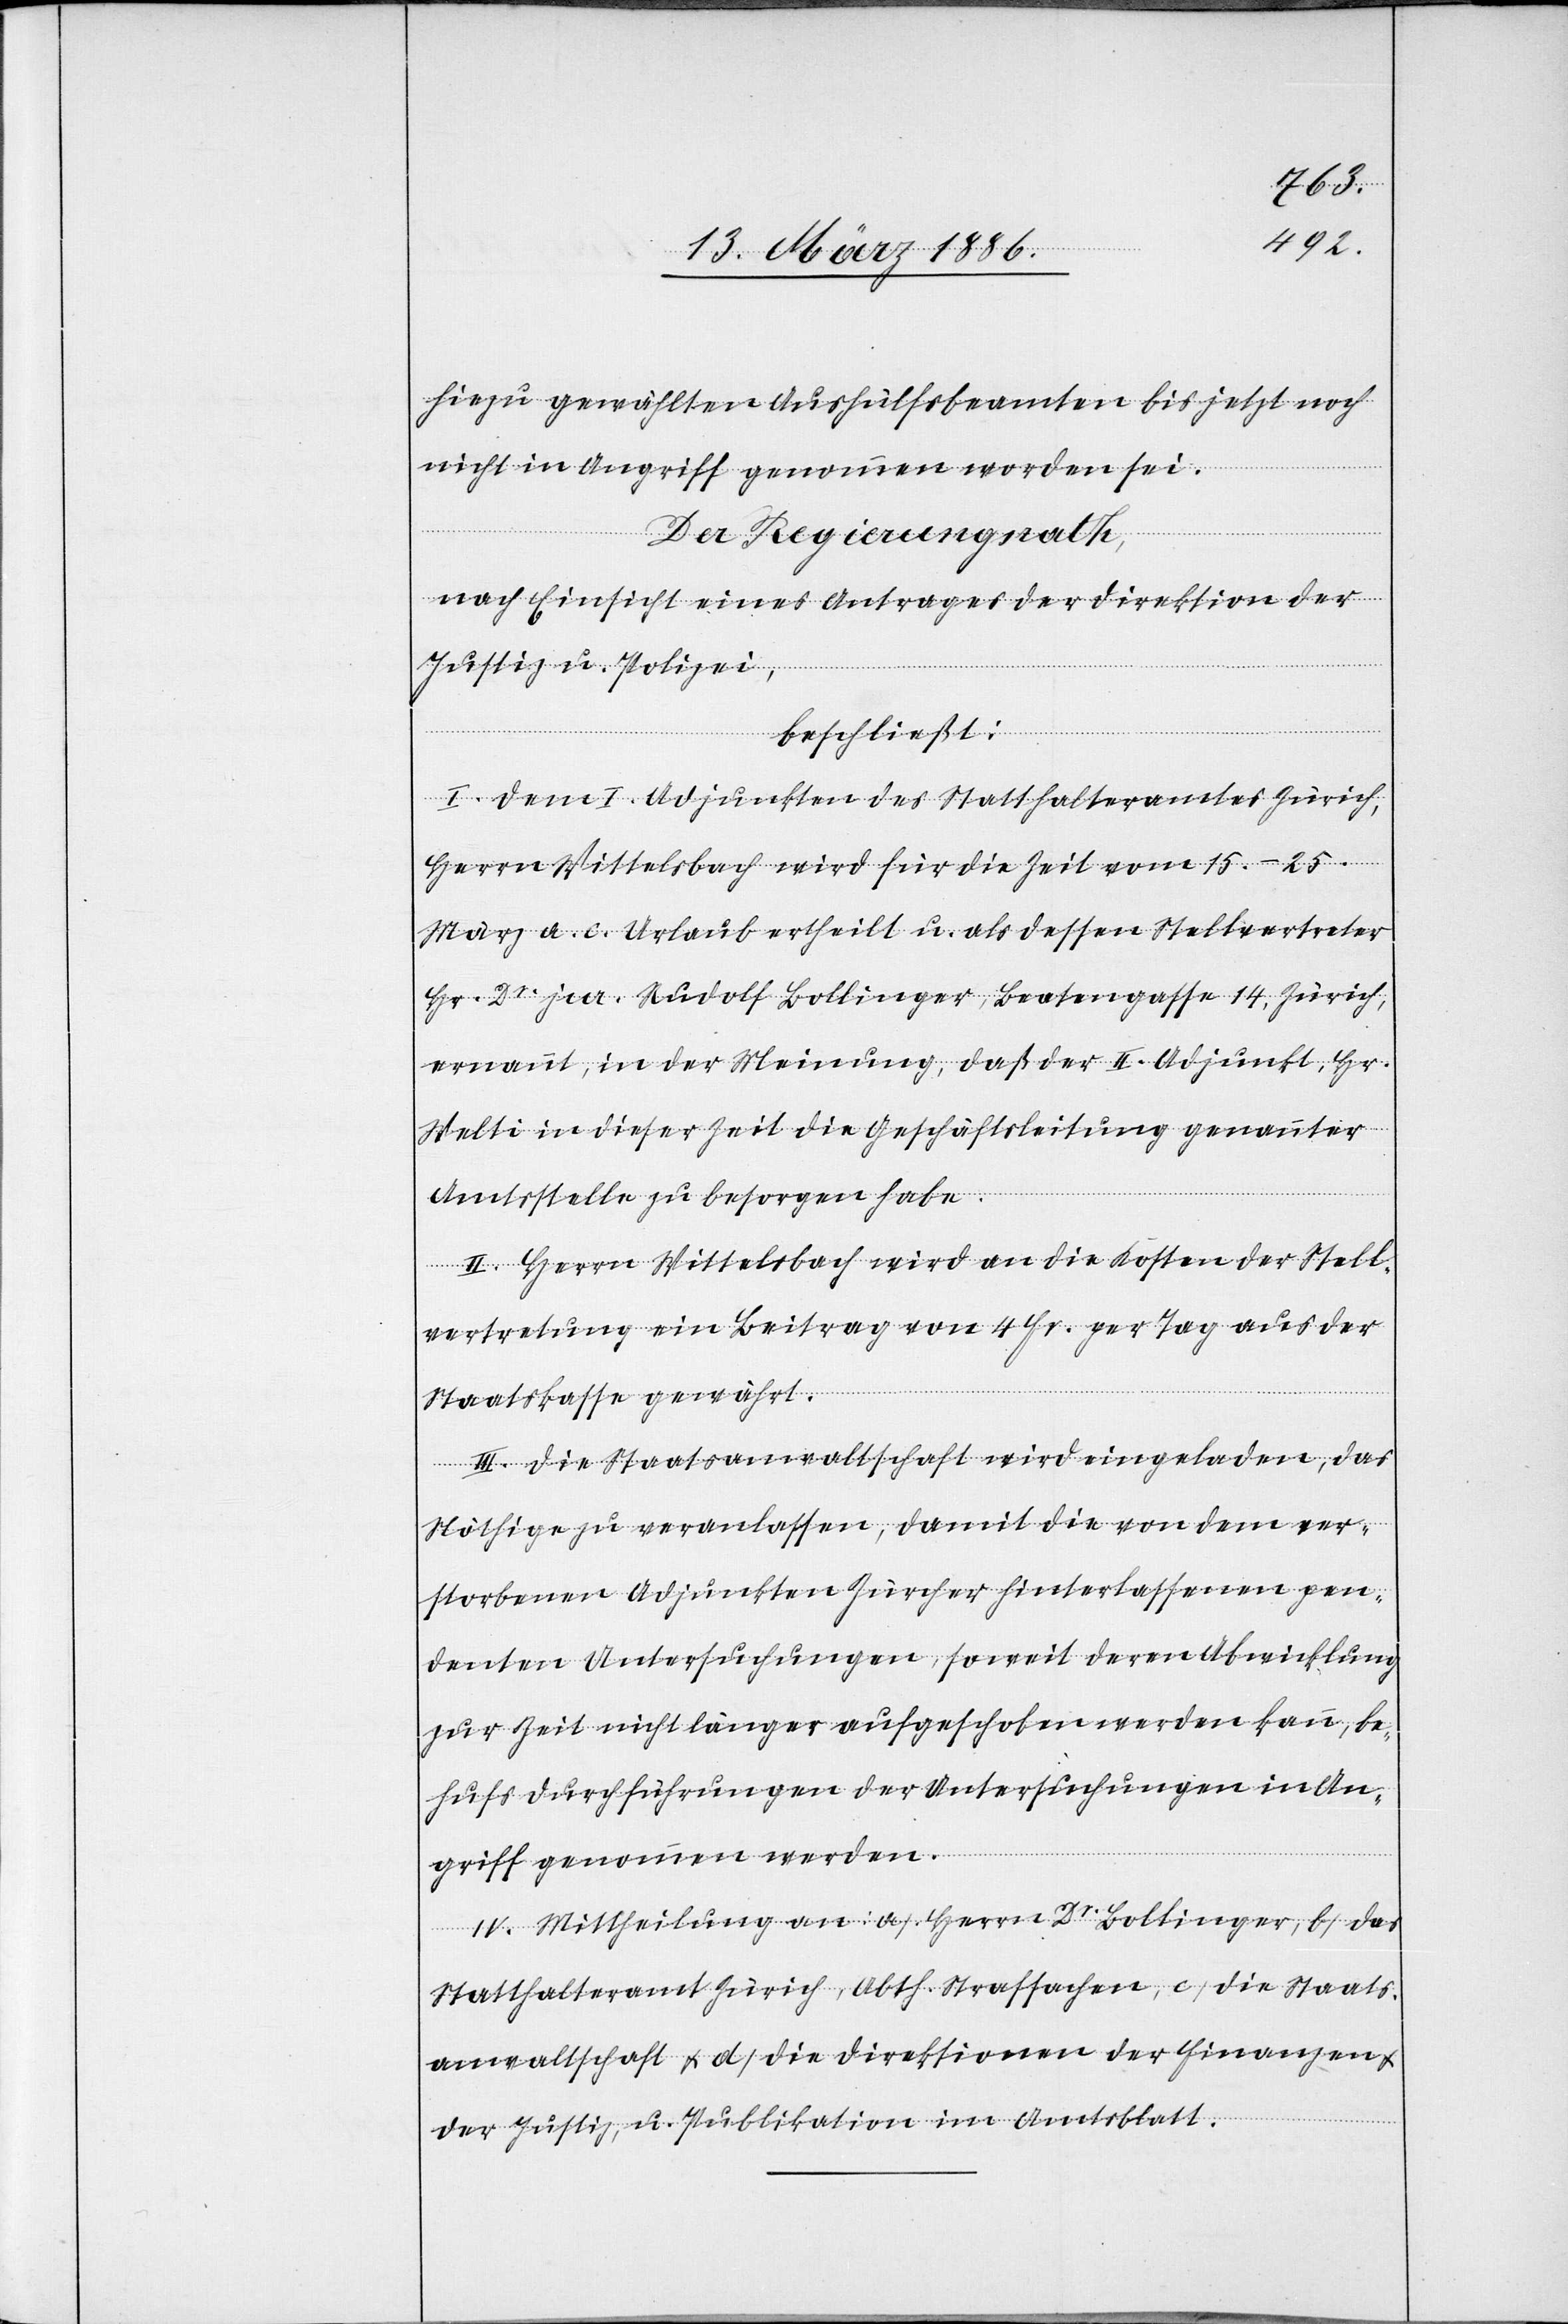
hiezu gewählten Aushülfsbeamten bis jetzt noch
nicht in Angriff genommen worden sei.
Der Regierungsrath,
nach Einsicht eines Antrages der Direktion der
Justiz u. Polizei,
beschließt:
I. Dem I. Adjunkten des Statthalteramtes Zürich,
Herrn Wittelsbach wird für die Zeit vom 15.–25.
März a. c. Urlaub ertheilt u. als dessen Stellvertreter
Hr. Dr. jur. Rudolf Bollinger, Beatengasse 14, Zürich,
ernannt, in der Meinung, daß der II. Adjunkt, Hr.
Welti in dieser Zeit die Geschäftsleitung genannter
Amtsstelle zu besorgen habe.
II. Herrn Wittelsbach wird an die Kosten der Stell¬
vertretung ein Beitrag von 4 Fr. per Tag aus der
Staatskasse gewährt.
III. Die Staatsanwaltschaft wird eingeladen, das
Nöthige zu veranlassen, damit die von dem ver¬
storbenen Adjunkten Zürcher hinterlassenen pen¬
denten Untersuchungen, soweit deren Abwicklung
zur Zeit nicht länger aufgeschoben werden kann, be¬
hufs Durchführung der Untersuchungen in An¬
griff genommen werden.
IV. Mittheilung an a) Herrn Dr. Bollinger, b) das
Statthalteramt Zürich, Abth. Strafsachen, c) die Staats¬
anwaltschaft & d) die Direktionen der Finanzen
der Justiz, u. Publikation im Amtsblatt.